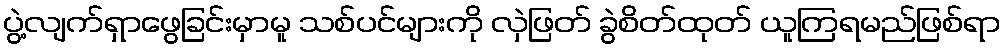
ပွဲ့လျက်ရှာဖွေခြင်းမှာမူ သစ်ပင်များကို လှဲဖြတ် ခွဲစိတ်ထုတ် ယူကြရမည်ဖြစ်ရာ